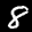
Label: 8